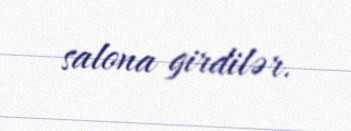
salona girdilər.